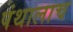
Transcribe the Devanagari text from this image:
पंथालाच